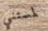
لمستني